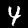
Digit: 4